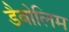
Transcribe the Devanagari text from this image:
डैबोलिम